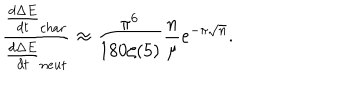
LaTeX: \frac { \frac { d \Delta E } { d t } _ { c h a r } } { \frac { d \Delta E } { d t } _ { n e u t } } \approx \frac { \pi ^ { 6 } } { 1 8 0 \zeta ( 5 ) } \frac { n } { \mu } e ^ { - \pi \sqrt { n } } .